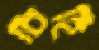
চিহিঁ